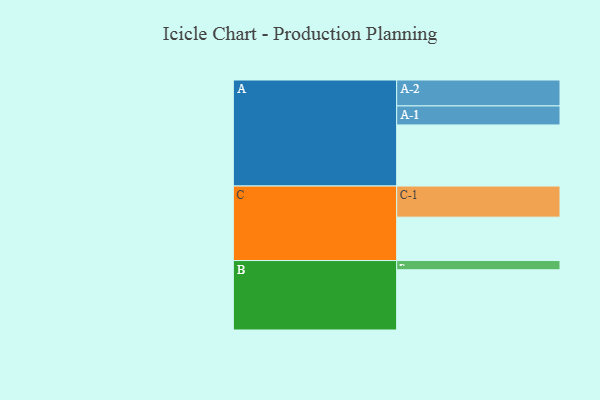
{"axis": {"x": "Segment", "y": "Value"}, "legend": ["", "A", "B", "C"], "data": [{"x": "A", "y": 556, "type": ""}, {"x": "B", "y": 548, "type": ""}, {"x": "C", "y": 395, "type": ""}, {"x": "A-1", "y": 173, "type": "A"}, {"x": "A-2", "y": 236, "type": "A"}, {"x": "B-1", "y": 84, "type": "B"}, {"x": "C-1", "y": 283, "type": "C"}]}